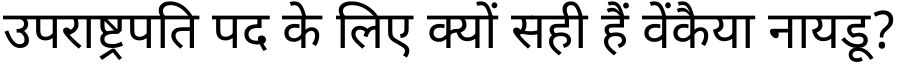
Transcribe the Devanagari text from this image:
उपराष्ट्रपति पद के लिए क्यों सही हैं वेंकैया नायडू?